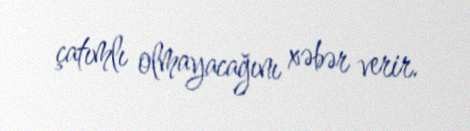
çatımlı olmayacağını xəbər verir.